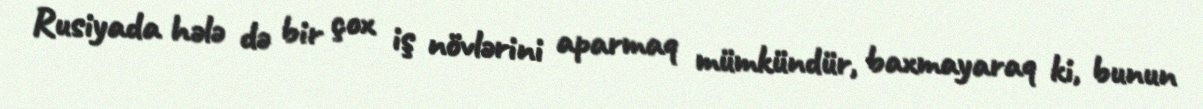
Rusiyada hələ də bir çox iş növlərini aparmaq mümkündür, baxmayaraq ki, bunun